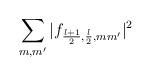
LaTeX: \begin{align*}\sum_{m,m'}|f_{\frac{l+1}{2},\frac{l}{2},mm'}|^2\end{align*}